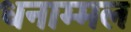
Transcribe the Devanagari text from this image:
धनाम्मल